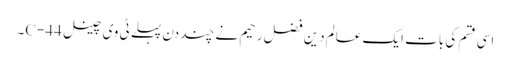
اسی قسم کی بات ایک عالم دین فضل رحیم نے چند دن پہلے ٹی وی چینل C-44۔